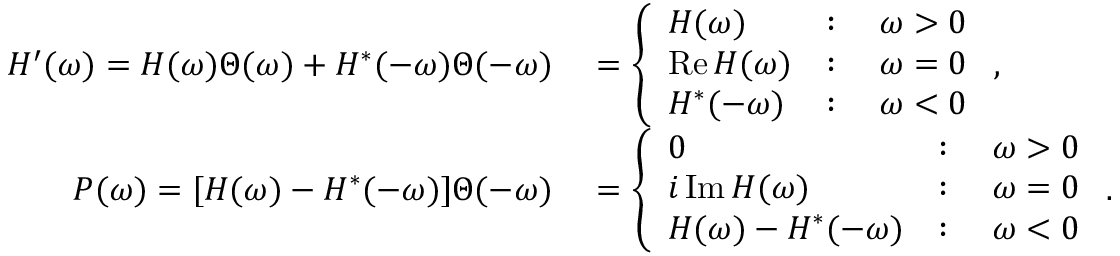
\begin{array} { r l } { H ^ { \prime } ( \omega ) = H ( \omega ) \Theta ( \omega ) + H ^ { * } ( - \omega ) \Theta ( - \omega ) } & { { } = \left\{ \begin{array} { l l } { H ( \omega ) } & { : \quad \omega > 0 } \\ { \operatorname { R e } H ( \omega ) } & { : \quad \omega = 0 } \\ { H ^ { * } ( - \omega ) } & { : \quad \omega < 0 } \end{array} \right. , } \\ { P ( \omega ) = [ H ( \omega ) - H ^ { * } ( - \omega ) ] \Theta ( - \omega ) } & { { } = \left\{ \begin{array} { l l } { 0 } & { : \quad \omega > 0 } \\ { i \operatorname { I m } H ( \omega ) } & { : \quad \omega = 0 } \\ { H ( \omega ) - H ^ { * } ( - \omega ) } & { : \quad \omega < 0 } \end{array} \right. . } \end{array}